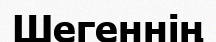
Шегеннің